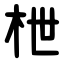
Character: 枻